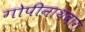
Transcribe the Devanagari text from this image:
गोपीनाथबाग